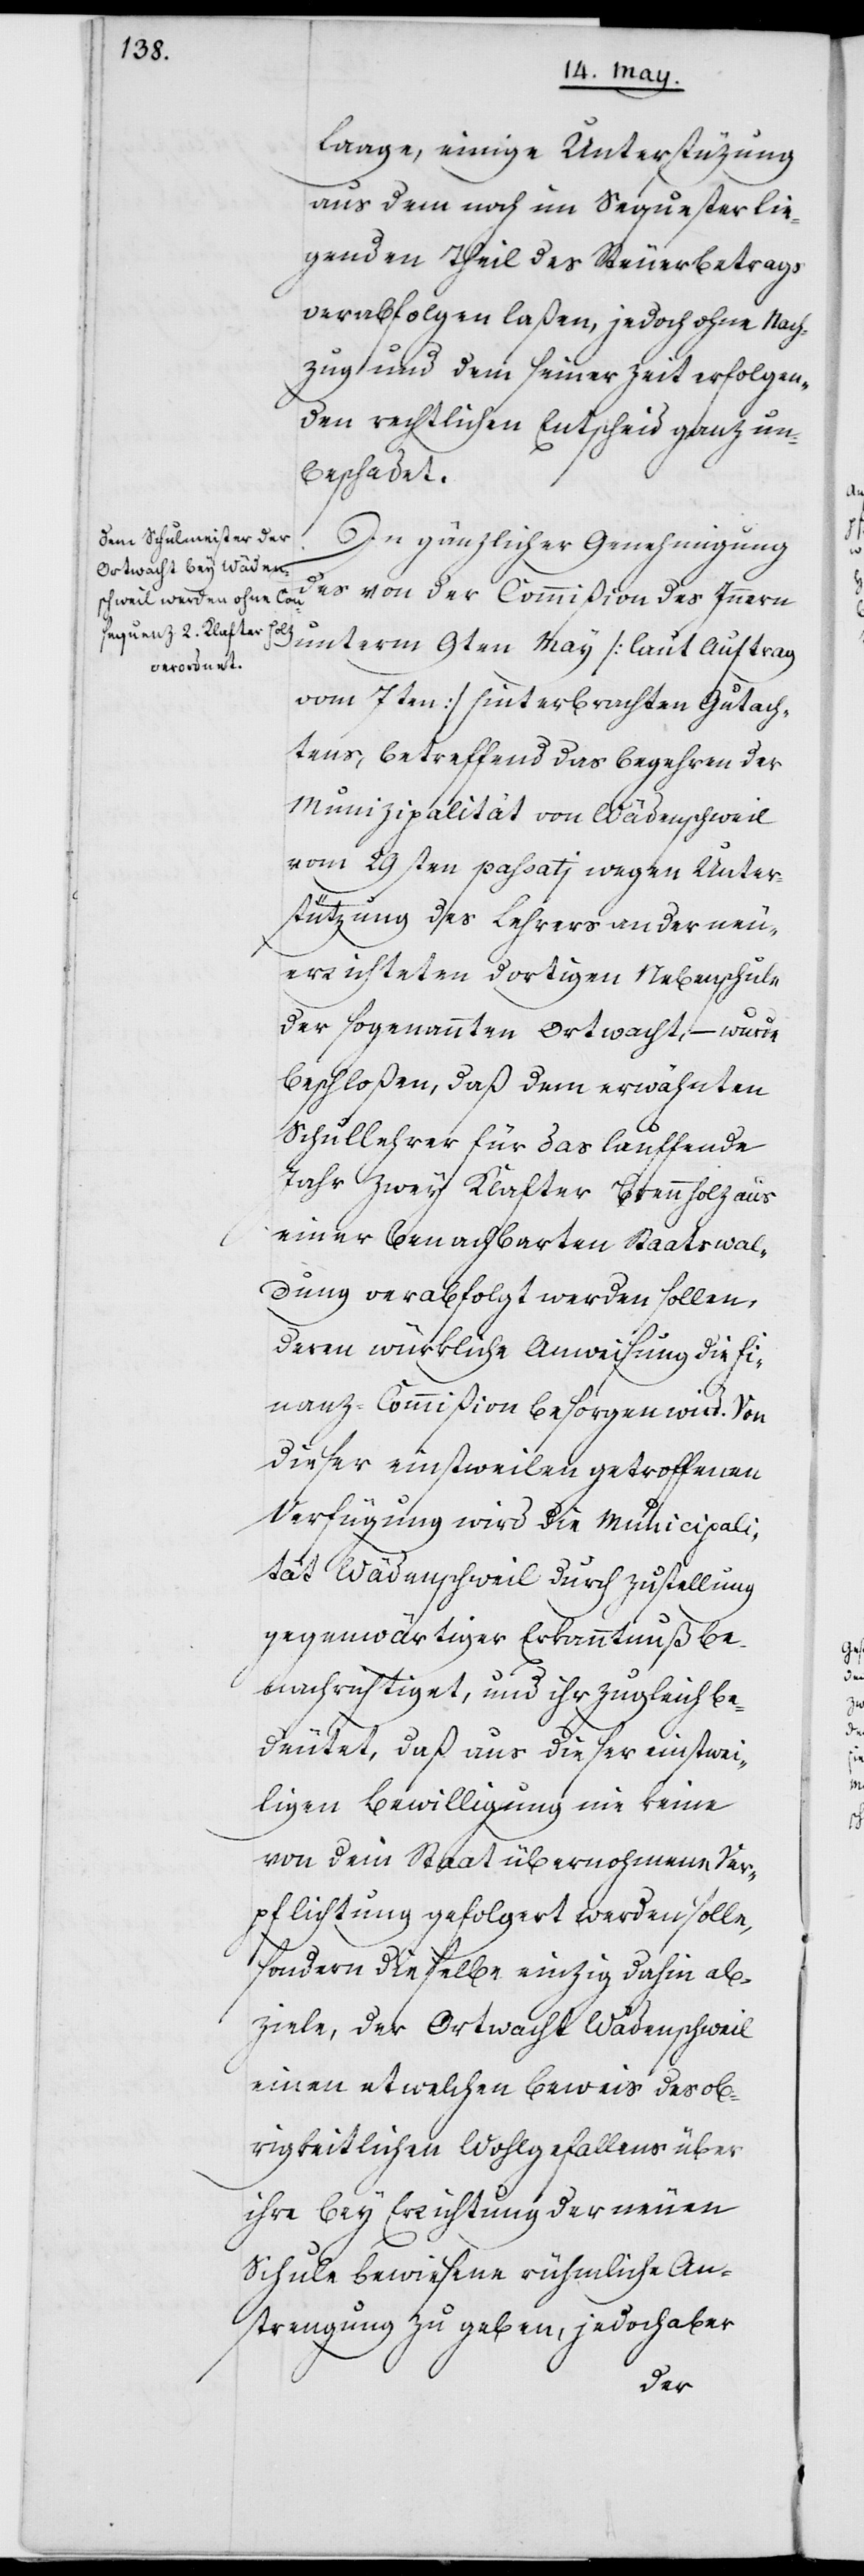
Laage, einige Unterstüzung
aus dem noch im Sequester lie¬
genden Theil des Steuerbetrags
verabfolgen laßen, jedoch ohne Nach¬
zug und dem seiner Zeit erfolgen¬
den rechtlichen Entscheid ganz un¬
beschadet.
In gänzlicher Genehmigung
des von der Commißion des Innern
unterm 9ten May (laut Auftrag
vom 7ten) hinterbrachten Gutach¬
tens, betreffend das Begehren der
Munizipalität von Wädenschweil
vom 29sten passatj, wegen Unter¬
stützung des Lehrers an der neu¬
errichteten dortigen Nebenschule
der sogenannten Ortwacht, – wurde
beschloßen, daß dem erwähnten
Schullehrer für das lauffende
Jahr zwey Klafter Brennholz aus
einer benachbarten Staatswal¬
dung verabfolgt werden sollen,
deren würkliche Anweisung die Fi¬
nanz-Commißion besorgen wird. Von
dieser einstweilen getroffenen
Verfügung wird die Municipali¬
tät Wädenschweil durch Zustellung
gegenwärtiger Erkanntnuß be¬
nachrichtiget, und ihr zugleich be¬
deutet, daß aus dieser einstwei¬
ligen Bewilligung nie keine
von dem Staat übernohmene Ver¬
pflichtung gefolgert werden solle,
sondern dieselbe einzig dahin ab¬
ziele, der Ortwacht Wädenschweil
einen etwelchen Beweis des ob¬
rigkeitlichen Wohlgefallens über
ihre bey Errichtung der neuen
Schule bewiesene rühmliche An¬
strengung zu geben, jedoch aber